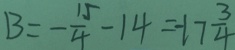
B = - \frac { 1 5 } { 4 } - 1 4 = - 1 7 \frac { 3 } { 4 }